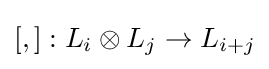
[,]:L_{i}\otimes L_{j}\to L_{i+j}